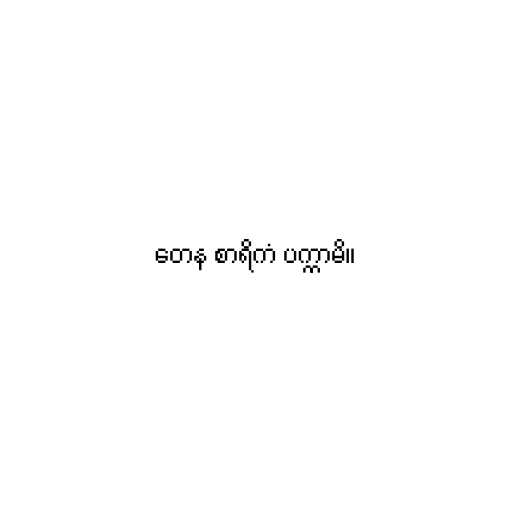
တေန စာရိကံ ပက္ကာမိ။